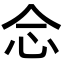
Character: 𢗁